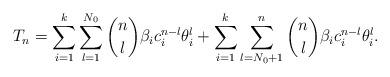
LaTeX: \begin{align*} T_n = \sum_{i=1}^k \sum_{l=1}^{N_0} {n \choose l} \beta_i c_i^{n-l} \theta_i^l + \sum_{i=1}^k \sum_{l=N_0+1}^n {n \choose l} \beta_i c_i^{n-l} \theta_i^l.\end{align*}